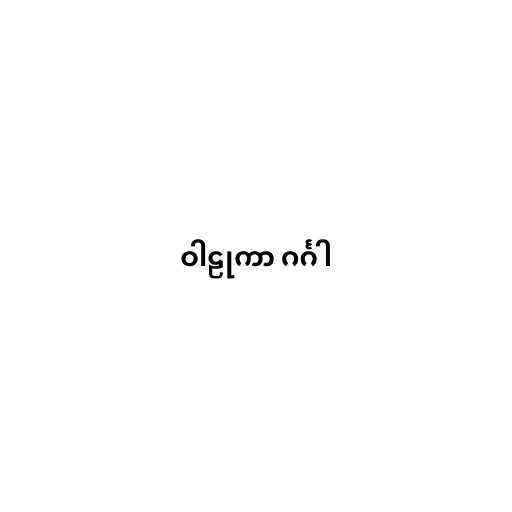
ဝါဠုကာ ဂင်္ဂါ